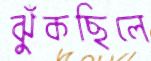
ঝুঁকছিলে